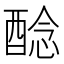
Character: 𨡎